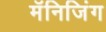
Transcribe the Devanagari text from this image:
मॅनिजिंग